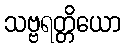
သဗ္ဗရတ္တိယော